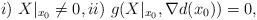
LaTeX: \begin{align*}i)\ X|_{x_{0}} \not=0,ii)\ g(X|_{x_{0}},\nabla d(x_{0}))= 0,\end{align*}